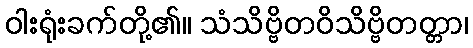
ဝါးရုံးခက်တို့၏။ သံသိဗ္ဗိတဝိသိဗ္ဗိတတ္တာ၊